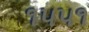
૧૫૫૧